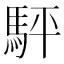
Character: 駍